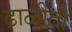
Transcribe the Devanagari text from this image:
ढाळीती